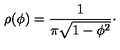
\rho ( \phi ) = { \frac { 1 } { \pi \sqrt { 1 - \phi ^ { 2 } } } } \cdotp